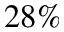
2 8 \%